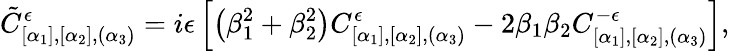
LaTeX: \tilde{C}_{[\alpha_{1}],[\alpha_{2}],(\alpha_{3})}^{\epsilon}=i\epsilon\left[\left(\beta_{1}^{2}+\beta_{2}^{2}\right)C_{[\alpha_{1}],[\alpha_{2}],(\alpha_{3})}^{\epsilon}-2\beta_{1}\beta_{2}C_{[\alpha_{1}],[\alpha_{2}],(\alpha_{3})}^{-\epsilon}\right],